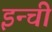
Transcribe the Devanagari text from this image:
इन्ची